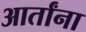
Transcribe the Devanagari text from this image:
आर्तांना